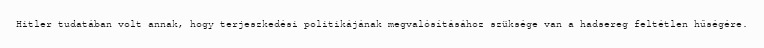
Hitler tudatában volt annak, hogy terjeszkedési politikájának megvalósításához szüksége van a hadsereg feltétlen hűségére.